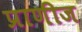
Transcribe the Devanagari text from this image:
प्राणीज